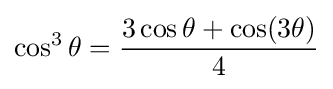
\cos ^{3}\theta ={\frac {3\cos \theta +\cos(3\theta )}{4}}